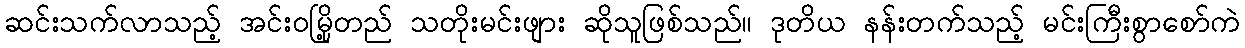
ဆင်းသက်လာသည့် အင်းဝမြို့တည် သတိုးမင်းဖျား ဆိုသူဖြစ်သည်။ ဒုတိယ နန်းတက်သည့် မင်းကြီးစွာစော်ကဲ